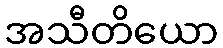
အသီတိယော